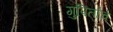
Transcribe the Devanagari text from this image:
गुपितांचे